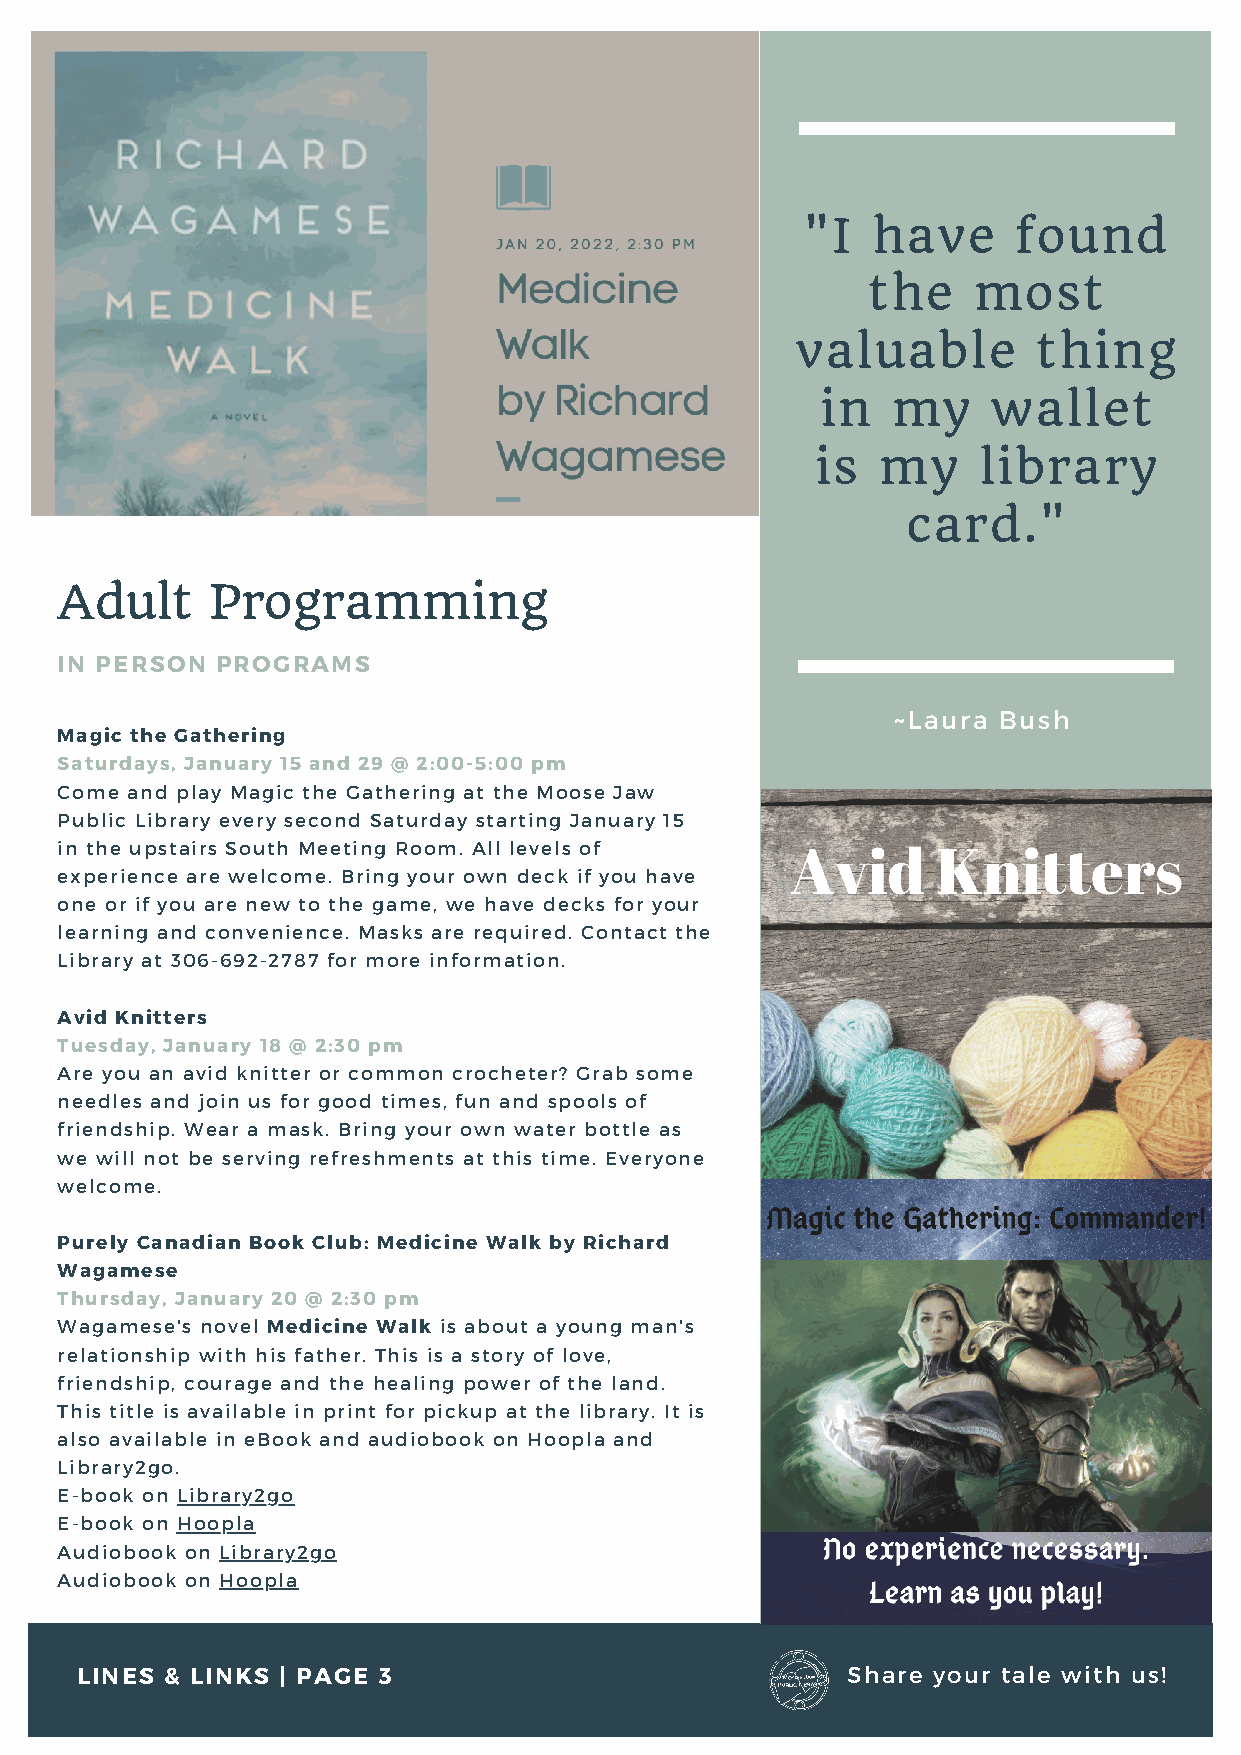
"I   have     found
 the    most
 valuable        thing
 in   my     wallet
 is  my     library
 card."
 Adult     Programming
 IN PERSON PROGRAMS
 ~Laura Bush
 Magic the Gathering
 Saturdays, January 15 and 29 @ 2:00-5:00 pm
 Come and play Magic the Gathering at the Moose Jaw
 Public Library every second Saturday starting January 15
 in the upstairs South Meeting Room. All levels of
 experience are welcome. Bring your own deck if you have
 one or if you are new to the game, we have decks for your
 learning and convenience. Masks are required. Contact the
 Library at 306-692-2787 for more information.
 Avid Knitters
 Tuesday, January 18 @ 2:30 pm
 Are you an avid knitter or common crocheter? Grab some
 needles and join us for good times, fun and spools of
 friendship. Wear a mask. Bring your own water bottle as
 we will not be serving refreshments at this time. Everyone
 welcome.
 Purely Canadian Book Club: Medicine Walk by Richard
 Wagamese
 Thursday, January 20 @ 2:30 pm
 Wagamese's novel Medicine Walk is about a young man's
 relationship with his father. This is a story of love,
 friendship, courage and the healing power of the land.
 This title is available in print for pickup at the library. It is
 also available in eBook and audiobook on Hoopla and
 Library2go.
 E-book on Library2go
 E-book on Hoopla
 Audiobook on Library2go
 Audiobook on Hoopla
 LINES & LINKS | PAGE 3                             Share your tale with us!